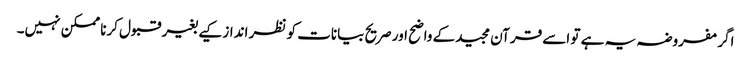
اگر مفروضہ یہ ہے تو اسے قرآن مجیدکے واضح اور صریح بیانات کو نظر انداز کیے بغیر قبول کرنا ممکن نہیں۔